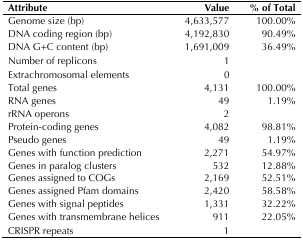
| Attribute | Value | % of Total |
 | --- | --- | --- |
 | Genome size (bp) | 4,633,577 | 100.00% |
 | DNA coding region (bp) | 4,192,830 | 90.49% |
 | DNA G+C content (bp) | 1,691,009 | 36.49% |
 | Number of replicons | 1 |  |
 | Extrachromosomal elements | 0 |  |
 | Total genes | 4,131 | 100.00% |
 | RNA genes | 49 | 1.19% |
 | rRNA operons | 2 |  |
 | Protein-coding genes | 4,082 | 98.81% |
 | Pseudo genes | 49 | 1.19% |
 | Genes with function prediction | 2,271 | 54.97% |
 | Genes in paralog clusters | 532 | 12.88% |
 | Genes assigned to COGs | 2,169 | 52.51% |
 | Genes assigned Pfam domains | 2,420 | 58.58% |
 | Genes with signal peptides | 1,331 | 32.22% |
 | Genes with transmembrane helices | 911 | 22.05% |
 | CRISPR repeats | 1 |  |